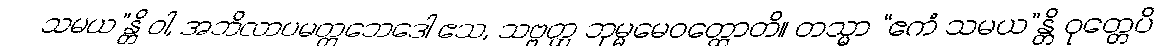
သမယ”န္တိ ဝါ, အဘိလာပမတ္တဘေဒေါ ဧသ, သဗ္ဗတ္ထ ဘုမ္မမေဝတ္ထောတိ။ တသ္မာ “ဧကံ သမယ”န္တိ ဝုတ္တေပိ